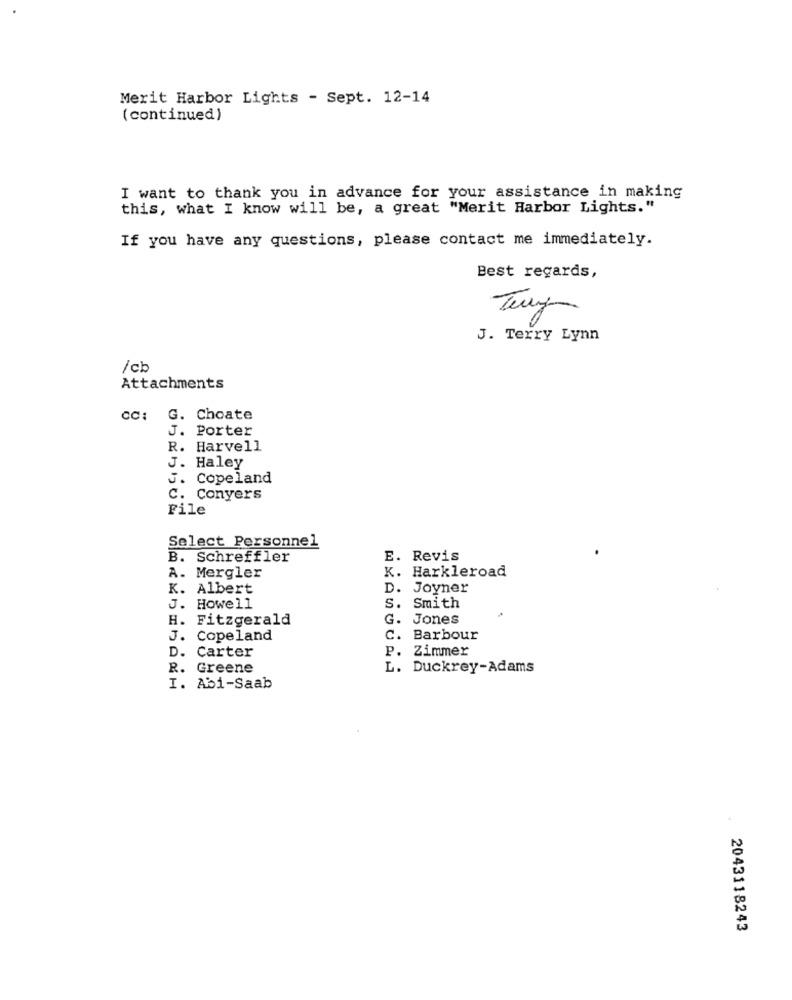
Merit Harbor Lights - Sept. 12-14
( continued)
I want to thank you in advance for your assistance in making
this, what I know will be, a great "Merit Harbor Lights."
If you have any questions, please contact me immediately.
Best regards,
J. Terry Lynn
/cb
Attachments
cc: G. Choate
J. Porter
R. Harvell
J. Haley
J.
Copeland
C. Conyers
File
Select Personnel
B.
Schreffler
E. Revis
A. Mergler
K. Harkleroad
K. Albert
D. Joyner
J. Howell
S.
Smith
H. Fitzgerald
G. Jones
OFO
J. Copeland
C. Barbour
P.
Zimmer
D. Carter
R. Greene
L. Duckrey-Adams
I. Abi-Saab
2043118243